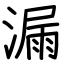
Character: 漏